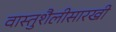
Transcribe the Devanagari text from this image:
वास्तुशैलीसारखी